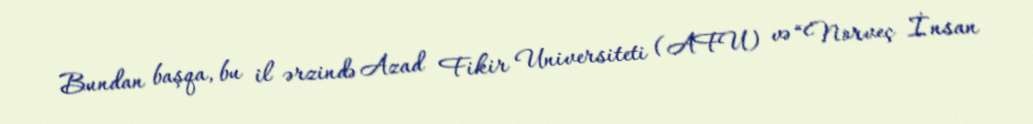
Bundan başqa, bu il ərzində Azad Fikir Universiteti (AFU) və “Norveç İnsan